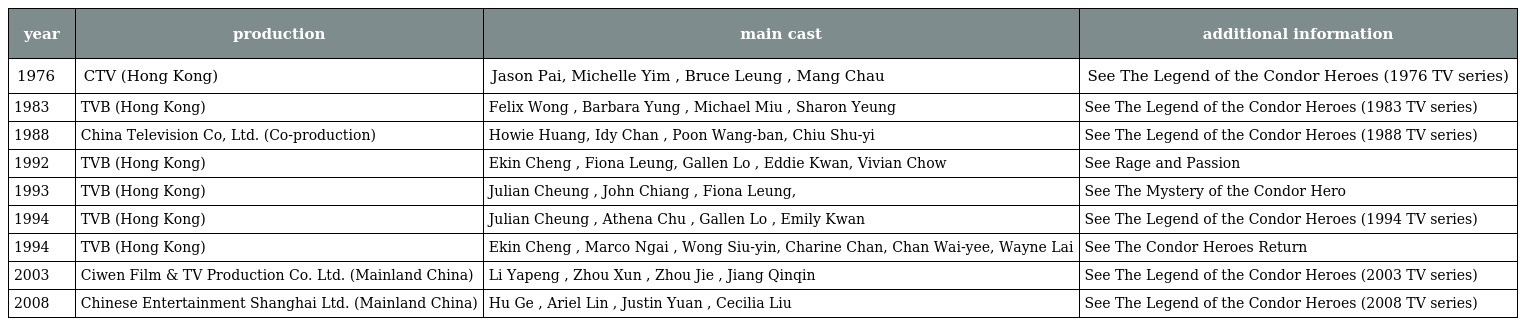
| year | production | main cast | additional information |
 | --- | --- | --- | --- |
 | 1976 | CTV (Hong Kong) | Jason Pai, Michelle Yim , Bruce Leung , Mang Chau | See The Legend of the Condor Heroes (1976 TV series) |
 | 1983 | TVB (Hong Kong) | Felix Wong , Barbara Yung , Michael Miu , Sharon Yeung | See The Legend of the Condor Heroes (1983 TV series) |
 | 1988 | China Television Co, Ltd. (Co-production) | Howie Huang, Idy Chan , Poon Wang-ban, Chiu Shu-yi | See The Legend of the Condor Heroes (1988 TV series) |
 | 1992 | TVB (Hong Kong) | Ekin Cheng , Fiona Leung, Gallen Lo , Eddie Kwan, Vivian Chow | See Rage and Passion |
 | 1993 | TVB (Hong Kong) | Julian Cheung , John Chiang , Fiona Leung, | See The Mystery of the Condor Hero |
 | 1994 | TVB (Hong Kong) | Julian Cheung , Athena Chu , Gallen Lo , Emily Kwan | See The Legend of the Condor Heroes (1994 TV series) |
 | 1994 | TVB (Hong Kong) | Ekin Cheng , Marco Ngai , Wong Siu-yin, Charine Chan, Chan Wai-yee, Wayne Lai | See The Condor Heroes Return |
 | 2003 | Ciwen Film & TV Production Co. Ltd. (Mainland China) | Li Yapeng , Zhou Xun , Zhou Jie , Jiang Qinqin | See The Legend of the Condor Heroes (2003 TV series) |
 | 2008 | Chinese Entertainment Shanghai Ltd. (Mainland China) | Hu Ge , Ariel Lin , Justin Yuan , Cecilia Liu | See The Legend of the Condor Heroes (2008 TV series) |